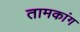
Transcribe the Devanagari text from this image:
तामकांग